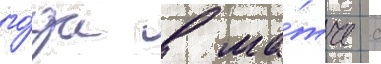
го́да в ма́тче с